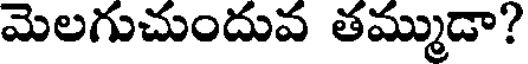
మెలగుచుందువ తమ్ముడా?